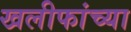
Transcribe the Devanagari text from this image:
खलीफांच्या